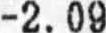
-2.09